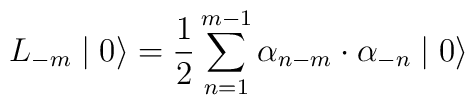
L_{-m} \mid 0 \rangle = \frac {1} {2} \sum\limits_{n=1}^{m-1}{\alpha}_{n-m} \cdot {\alpha}_{-n} \mid 0 \rangle